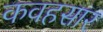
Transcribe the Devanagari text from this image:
कवहसार